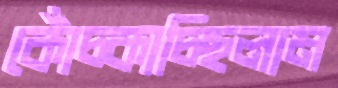
কোঁচ্‌কাচ্ছিলাম